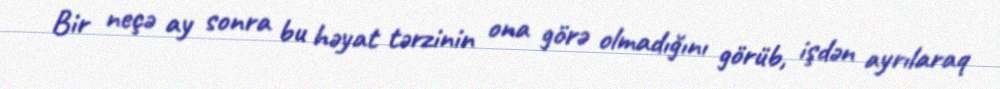
Bir neçə ay sonra bu həyat tərzinin ona görə olmadığını görüb, işdən ayrılaraq